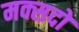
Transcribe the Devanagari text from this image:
मक्सदों